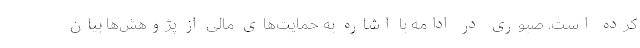
کرده است. صبوری در ادامه با اشاره به حمایت‌های مالی از پژوهش‌ها بیان